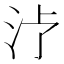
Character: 𱥶